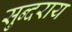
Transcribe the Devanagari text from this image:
सुन्दराय